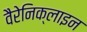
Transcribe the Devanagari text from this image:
वैरेनिक्लाइन